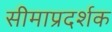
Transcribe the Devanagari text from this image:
सीमाप्रदर्शक